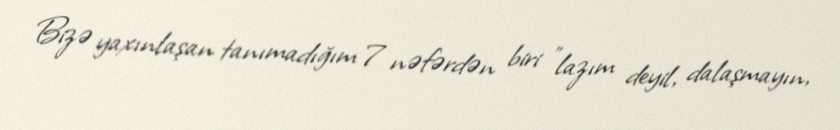
Bizə yaxınlaşan tanımadığım 7 nəfərdən biri "lazım deyil, dalaşmayın,